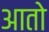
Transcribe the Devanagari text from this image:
आतो